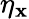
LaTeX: \eta_{\mathbf{x}}